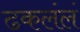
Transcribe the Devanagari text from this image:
ढकलंलं